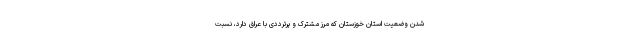
شدن وضعیت استان خوزستان که مرز مشترک و پرترددی با عراق دارد، نسبت